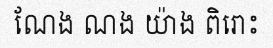
ណែង ណង យ៉ាង ពិរោះ